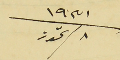
٨ تموز   سنة ٩٣١